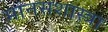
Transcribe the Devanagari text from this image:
मानसशास्त्रा